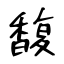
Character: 馥